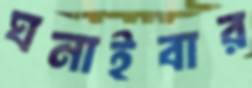
ঘনাইবার